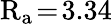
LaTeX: \mathrm{R_{a}}\! =\! 3.34